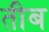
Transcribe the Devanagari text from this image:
तीब